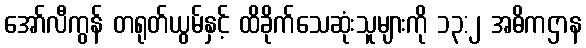
အော်လီကွန် တရုတ်ယွမ်နှင့် ထိခိုက်သေဆုံးသူများကို ၁၃:၂ အဓိကဌာန